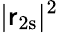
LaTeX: |\mathsf{r}_{2\mathrm{s}}|^{2}